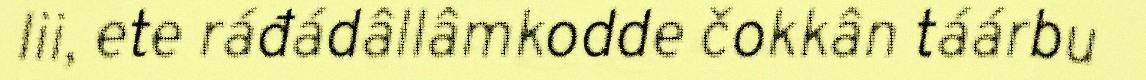
lii, ete ráđádâllâmkodde čokkân táárbu